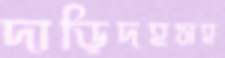
দাড়িদহসহ